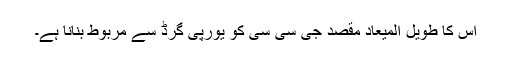
اس کا طویل المیعاد مقصد جی سی سی کو یورپی گرڈ سے مربوط بنانا ہے۔